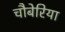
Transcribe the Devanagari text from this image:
चौबेरिया